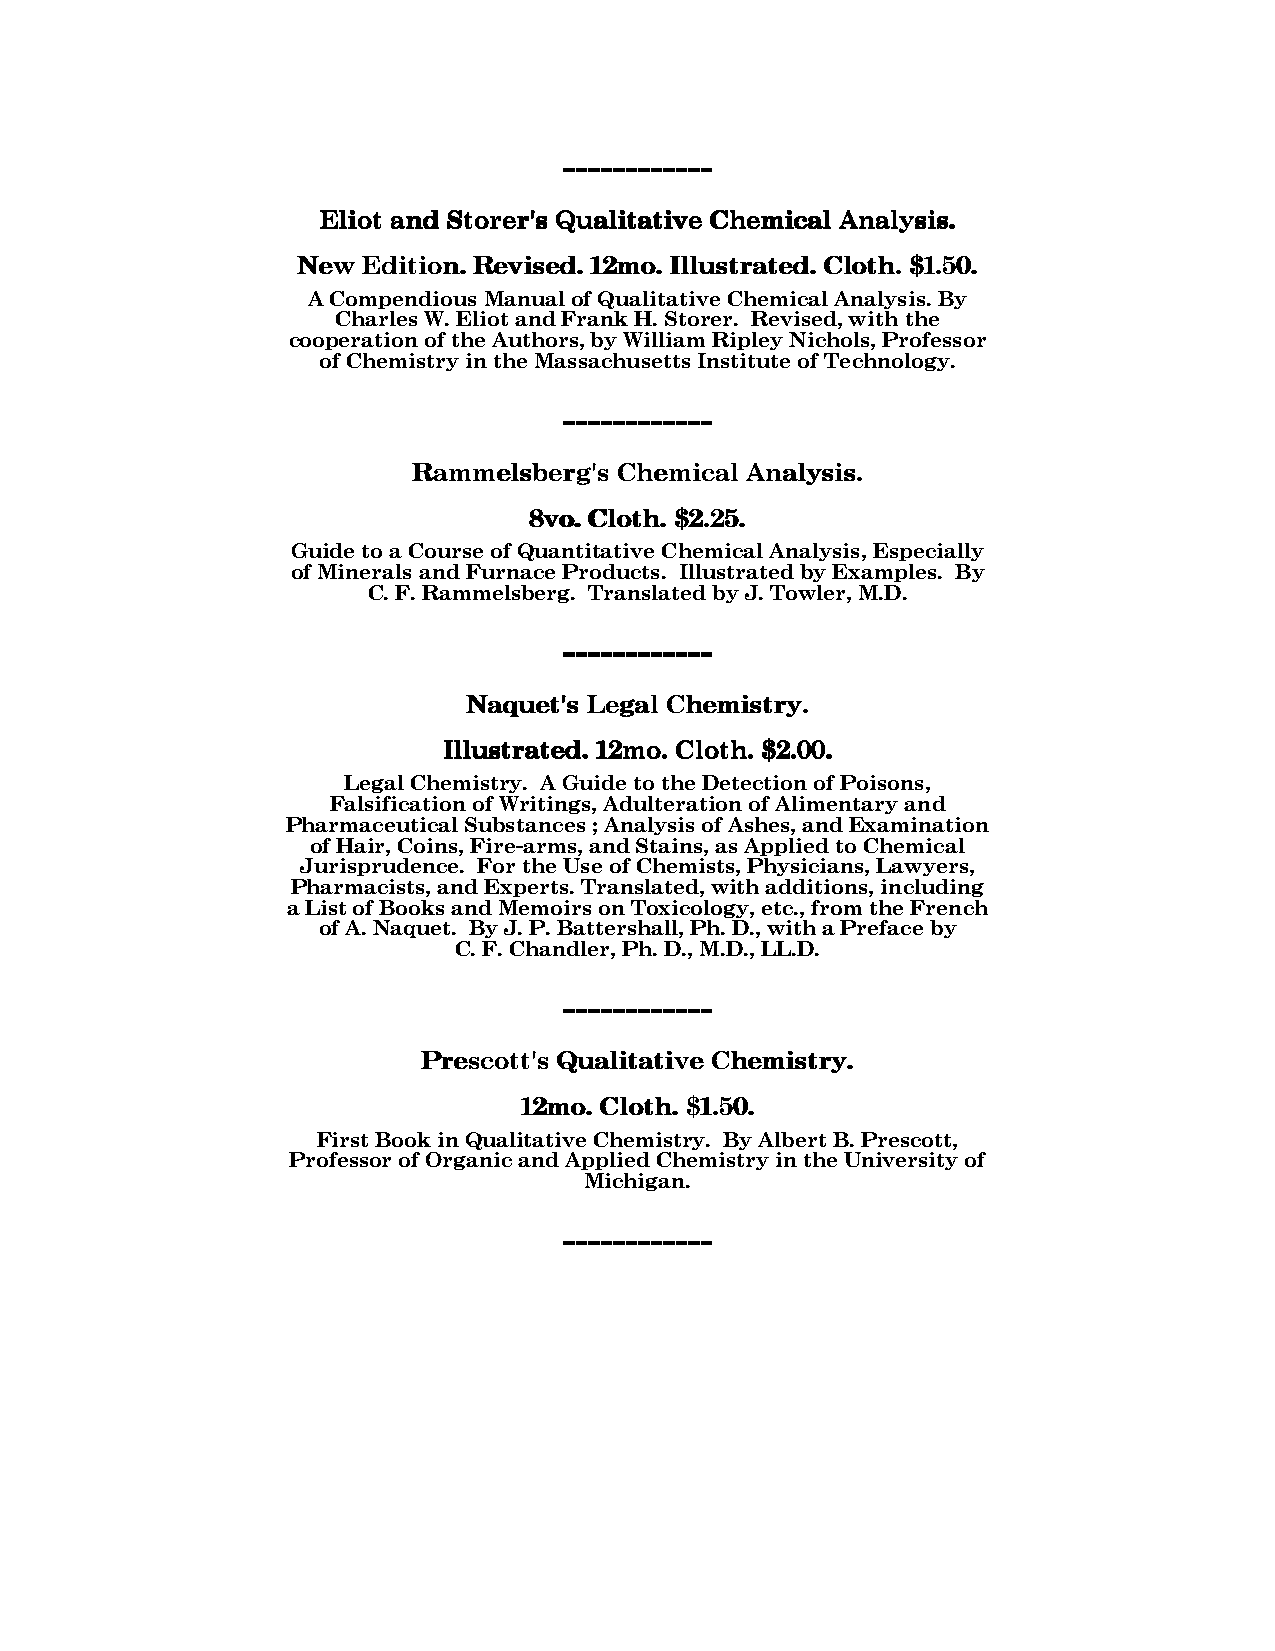
------------------------------------------------
 EEEElllliiiiooootttt aaaannnndddd SSSSttttoooorrrreeeerrrr''''ssss QQQQuuuuaaaalllliiiittttaaaattttiiiivvvveeee CCCChhhheeeemmmmiiiiccccaaaallll AAAAnnnnaaaallllyyyyssssiiiissss....
 NNNNeeeewwww EEEEddddiiiittttiiiioooonnnn.... RRRReeeevvvviiiisssseeeedddd.... 11112222mmmmoooo.... IIIIlllllllluuuussssttttrrrraaaatttteeeedddd.... CCCCllllooootttthhhh.... $$$$1111....55550000....
 A Compendious Manual of Qualitative Chemical Analysis. By
 Charles W. Eliot and Frank H. Storer. Revised, with the
 cooperation of the Authors, by William Ripley Nichols, Professor
 of Chemistry in the Massachusetts Institute of Technology.
 ------------------------------------------------
 RRRRaaaammmmmmmmeeeellllssssbbbbeeeerrrrgggg''''ssss CCCChhhheeeemmmmiiiiccccaaaallll AAAAnnnnaaaallllyyyyssssiiiissss....
 8888vvvvoooo.... CCCCllllooootttthhhh.... $$$$2222....22225555....
 Guide to a Course of Quantitative Chemical Analysis, Especially
 of Minerals and Furnace Products. Illustrated by Examples. By
 C. F. Rammelsberg. Translated by J. Towler, M.D.
 ------------------------------------------------
 NNNNaaaaqqqquuuueeeetttt''''ssss LLLLeeeeggggaaaallll CCCChhhheeeemmmmiiiissssttttrrrryyyy....
 IIIIlllllllluuuussssttttrrrraaaatttteeeedddd.... 11112222mmmmoooo.... CCCCllllooootttthhhh.... $$$$2222....00000000....
 Legal Chemistry. A Guide to the Detection of Poisons,
 Falsification of Writings, Adulteration of Alimentary and
 Pharmaceutical Substances ; Analysis of Ashes, and Examination
 of Hair, Coins, Fire-arms, and Stains, as Applied to Chemical
 Jurisprudence. For the Use of Chemists, Physicians, Lawyers,
 Pharmacists, and Experts. Translated, with additions, including
 a List of Books and Memoirs on Toxicology, etc., from the French
 of A. Naquet. By J. P. Battershall, Ph. D., with a Preface by
 C. F. Chandler, Ph. D., M.D., LL.D.
 ------------------------------------------------
 PPPPrrrreeeessssccccooootttttttt''''ssss QQQQuuuuaaaalllliiiittttaaaattttiiiivvvveeee CCCChhhheeeemmmmiiiissssttttrrrryyyy....
 11112222mmmmoooo.... CCCCllllooootttthhhh.... $$$$1111....55550000....
 First Book in Qualitative Chemistry. By Albert B. Prescott,
 Professor of Organic and Applied Chemistry in the University of
 Michigan.
 ------------------------------------------------